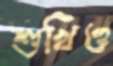
শুখিও